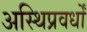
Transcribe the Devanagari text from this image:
अस्थिप्रवर्धों